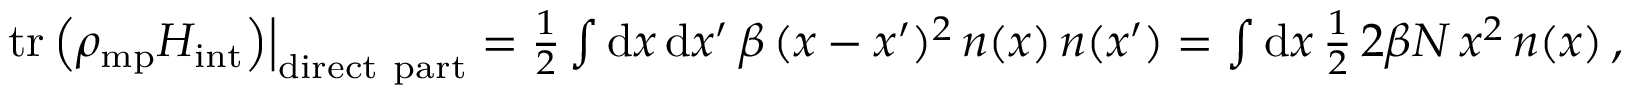
\begin{array} { r } { \left. \mathrm { t r } \left( \rho _ { \mathrm { m p } } H _ { \mathrm { i n t } } \right) \right| _ { \mathrm { d i r e c t ~ p a r t } } = \frac 1 2 \int \mathrm { d } x \, \mathrm { d } x ^ { \prime } \, \beta \, ( x - x ^ { \prime } ) ^ { 2 } \, n ( x ) \, n ( x ^ { \prime } ) = \int \mathrm { d } x \, \frac 1 2 \, 2 \beta N \, x ^ { 2 } \, n ( x ) \, , } \end{array}